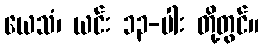
ယေသံ၊ ယင်း ၁၃-ပါး တို့တွင်။